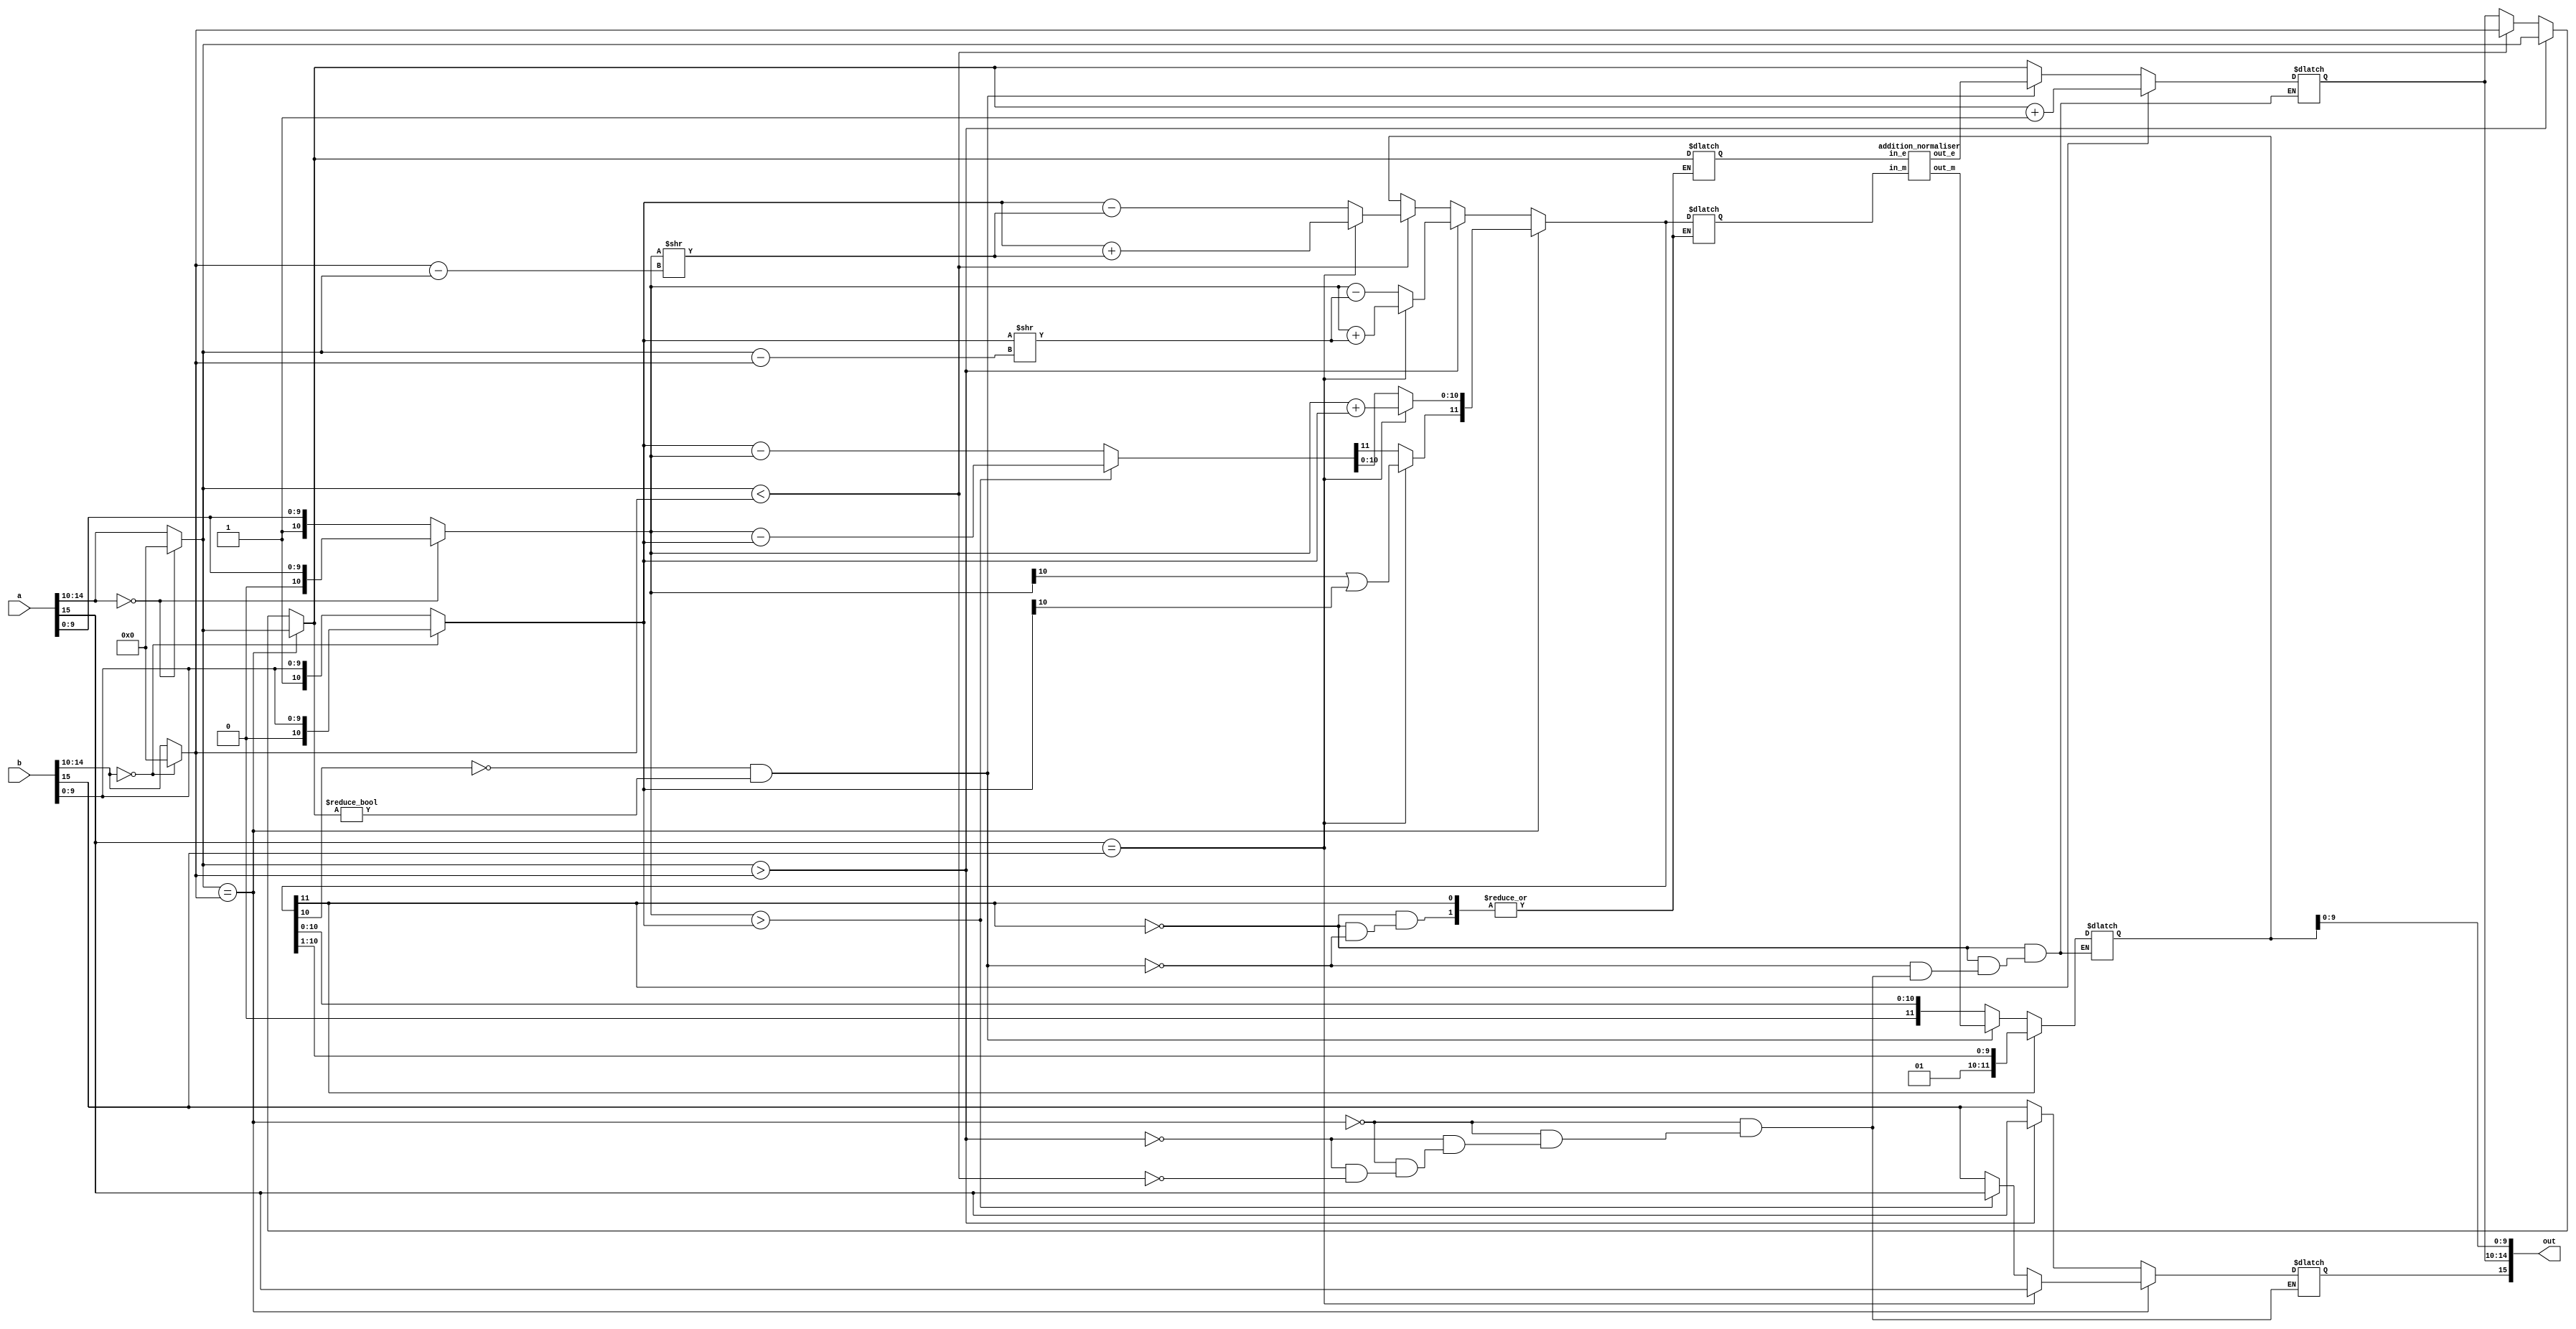
module adder(a, b, out);
  input  [15:0] a, b;
  output [15:0] out;

  wire [15:0] out;

	reg a_sign;
	reg [4:0] a_exponent;
	reg [10:0] a_mantissa;

	reg b_sign;
	reg [4:0] b_exponent;
	reg [10:0] b_mantissa;

  reg o_sign;
  reg [4:0] o_exponent;
  reg [11:0] o_mantissa;

  reg [4:0] diff;
  reg [10:0] tmp_mantissa;
  reg [4:0] tmp_exponent;


  reg  [4:0] i_e;
  reg  [11:0] i_m;
  wire [4:0] o_e;
  wire [11:0] o_m;

  addition_normaliser norm1
  (
    .in_e(i_e),
    .in_m(i_m),
    .out_e(o_e),
    .out_m(o_m)
  );

  assign out = {o_sign,o_exponent,o_mantissa[9:0]};

  always @ ( * ) begin

		a_sign = a[15];
		if(a[14:10] == 0) begin
			a_exponent = 5'b00000;
			a_mantissa = {1'b0, a[9:0]};
		end else begin
			a_exponent = a[14:10];
			a_mantissa = {1'b1, a[9:0]};
		end

		b_sign = b[15];
		if(b[14:10] == 0) begin
			b_exponent = 5'b00000;
			b_mantissa = {1'b0, b[9:0]};
		end else begin
			b_exponent = b[14:10];
			b_mantissa = {1'b1, b[9:0]};
		end

    if (a_exponent == b_exponent) begin // Equal exponents
      o_exponent = a_exponent;
      if (a_sign == b_sign) begin // Equal signs = add
        o_mantissa = a_mantissa + b_mantissa;
        //Signify to shift
        o_mantissa[11] = a_mantissa[10] || b_mantissa[10];
        $display("%b",o_mantissa[11]);
        o_sign = a_sign;
      end 
			
			else begin // Opposite signs = subtract
        if(a_mantissa > b_mantissa) begin
          o_mantissa = a_mantissa - b_mantissa;
          o_sign = a_sign;
        end 
				
				else begin
          o_mantissa = b_mantissa - a_mantissa;
          o_sign = b_sign;
        end
      end
    end 
		
		else begin //Unequal exponents
      if (a_exponent > b_exponent) begin // A is bigger
        o_exponent = a_exponent;
        o_sign = a_sign;
				diff = a_exponent - b_exponent;
        tmp_mantissa = b_mantissa >> diff;
        if (a_sign == b_sign)
          o_mantissa = a_mantissa + tmp_mantissa;
        else
          	o_mantissa = a_mantissa - tmp_mantissa;
      end 
			
			else if (a_exponent < b_exponent) begin // B is bigger
        o_exponent = b_exponent;
        o_sign = b_sign;
        diff = b_exponent - a_exponent;
        tmp_mantissa = a_mantissa >> diff;
        if (a_sign == b_sign) begin
          o_mantissa = b_mantissa + tmp_mantissa;
        end 
				else begin
					o_mantissa = b_mantissa - tmp_mantissa;
        end
      end
    end
    
    if(o_mantissa[11] == 1) begin
      o_exponent = o_exponent + 1;
      o_mantissa = o_mantissa >> 1;
      $display("idek1");
    end 
		
		else if((o_mantissa[10] != 1) && (o_exponent != 0)) begin
      i_e = o_exponent;
      i_m = o_mantissa;
      o_exponent = o_e;
      o_mantissa = o_m;
      $display("idek2");
    end
    
  end
endmodule

module addition_normaliser(in_e, in_m, out_e, out_m);
  input [4:0] in_e;
  input [11:0] in_m;
  output [4:0] out_e;
  output [11:0] out_m;

  wire [4:0] in_e;
  wire [11:0] in_m;
  reg [4:0] out_e;
  reg [11:0] out_m;

  always @ ( * ) begin
		if (in_m[10:3] == 8'b00000001) begin
			out_e = in_e - 7;
			out_m = in_m << 7;
		end else if (in_m[10:4] == 7'b0000001) begin
			out_e = in_e - 6;
			out_m = in_m << 6;
		end else if (in_m[10:5] == 6'b000001) begin
			out_e = in_e - 5;
			out_m = in_m << 5;
		end else if (in_m[10:6] == 5'b00001) begin
			out_e = in_e - 4;
			out_m = in_m << 4;
		end else if (in_m[10:7] == 4'b0001) begin
			out_e = in_e - 3;
			out_m = in_m << 3;
		end else if (in_m[10:8] == 3'b001) begin
			out_e = in_e - 2;
			out_m = in_m << 2;
		end else if (in_m[10:9] == 2'b01) begin
			out_e = in_e - 1;
			out_m = in_m << 1;
    end else begin
      out_e = in_e;
			out_m = in_m;
    end
  end
endmodule